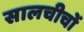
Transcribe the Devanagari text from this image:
सालचीचों